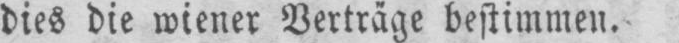
dies die wiener Verträge bestimmen.